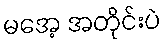
မအေ့ အတိုင်းပဲ